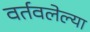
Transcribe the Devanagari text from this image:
वर्तवलेल्या